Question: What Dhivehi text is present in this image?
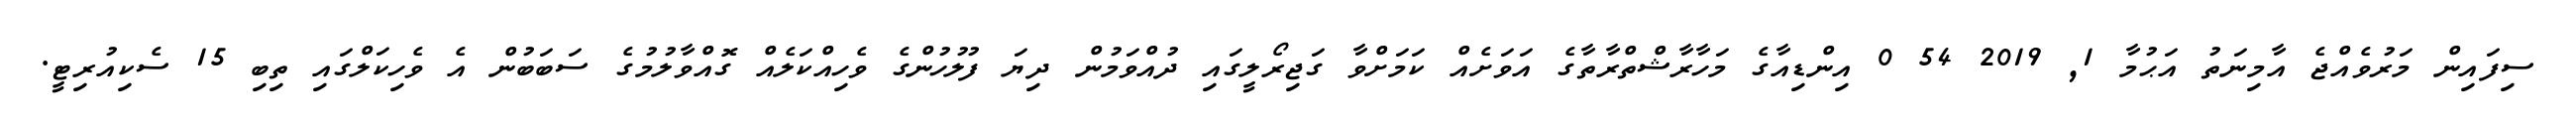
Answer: ސިފައިން މަރުވެއްޖެ އާމިނަތު އަޙުމާ 1, 2019 54 0 އިންޑިއާގެ މަހާރާޝްތްރާތާގެ އަވަށެއް ކަމަށްވާ ގަޖިރޯލީގައި ދުއްވަމުން ދިޔަ ފުލުހުންގެ ވެހިއްކަލެއް ގޮއްވާލުމުގެ ސަބަބުން އެ ވެހިކަލްގައި ތިބި 15 ސެކިއުރިޓީ.